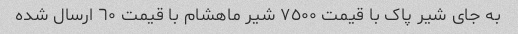
به جای شیر پاک با قیمت ٧٥٠٠ شیر ماهشام با قیمت ٦٠ ارسال شده